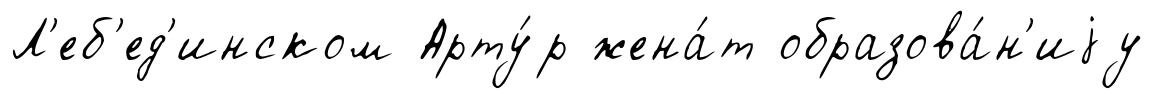
Л'еб'ед'инском Арту́р жена́т образова́н'иjу